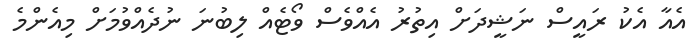
އެއާ އެކު ރައީސް ނަޝީދަށް އިތުރު އެއްވެސް ވޯޓެއް ލިބުނަ ނުދެއްވުމަށް މިއެންމެ